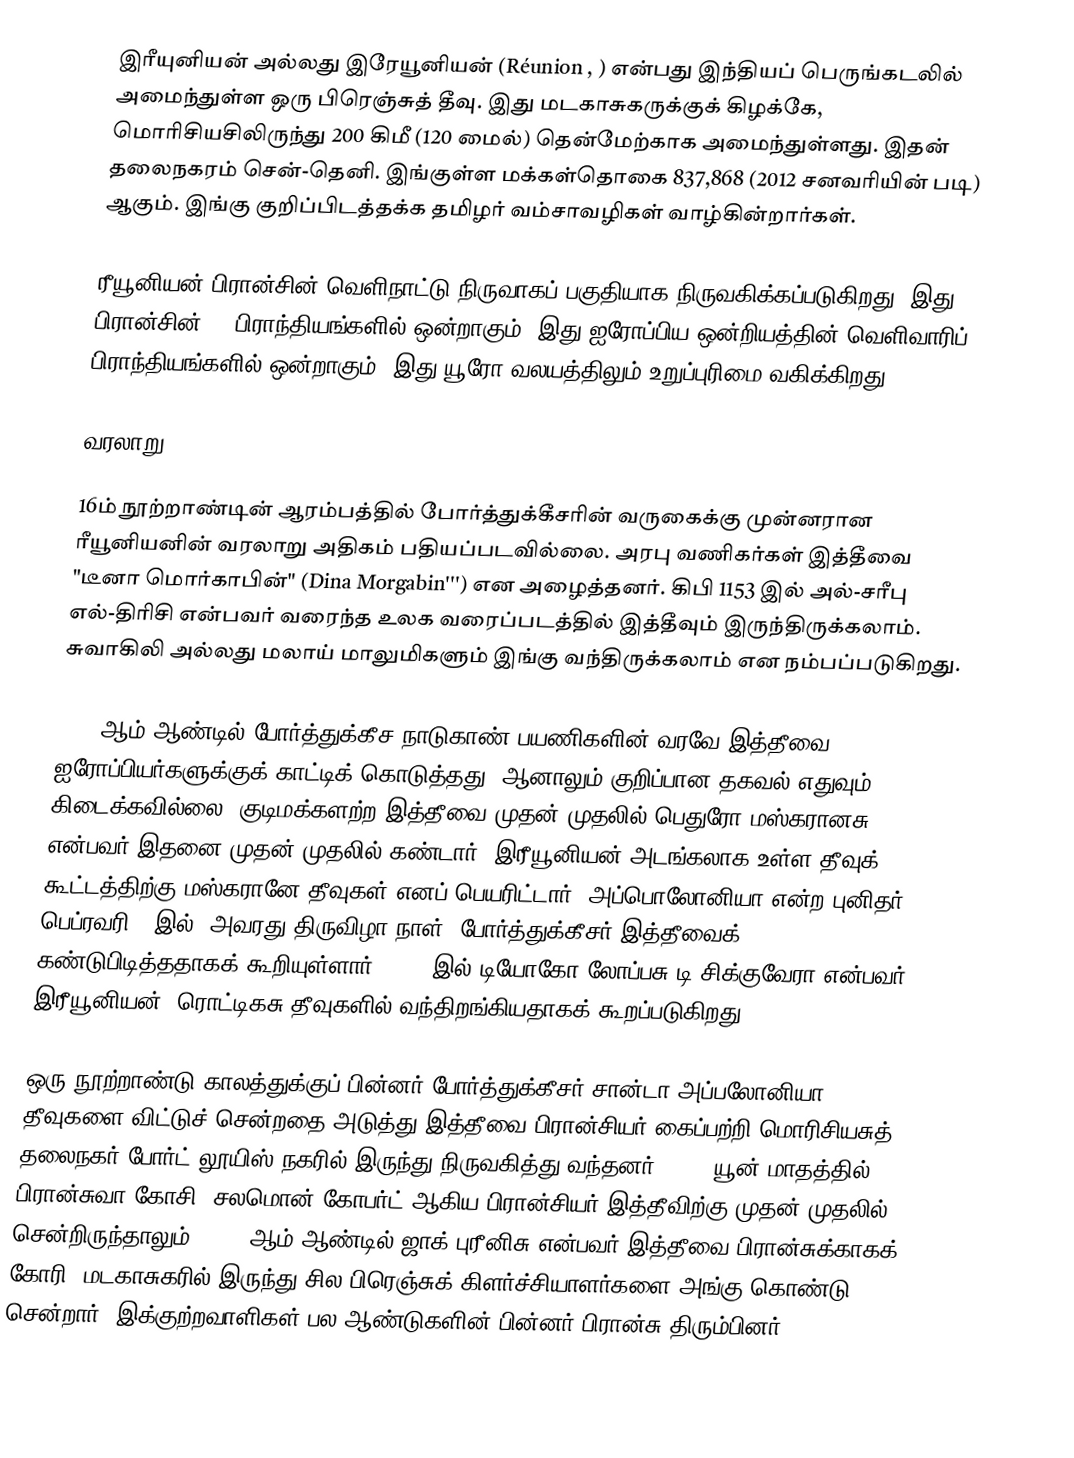
இரீயுனியன் அல்லது இரேயூனியன் (Réunion , ) என்பது இந்தியப் பெருங்கடலில் அமைந்துள்ள ஒரு பிரெஞ்சுத் தீவு. இது மடகாசுகருக்குக் கிழக்கே, மொரிசியசிலிருந்து 200 கிமீ (120 மைல்) தென்மேற்காக அமைந்துள்ளது. இதன் தலைநகரம் சென்-தெனி. இங்குள்ள மக்கள்தொகை 837,868 (2012 சனவரியின் படி) ஆகும். இங்கு குறிப்பிடத்தக்க தமிழர் வம்சாவழிகள் வாழ்கின்றார்கள்.

ரீயூனியன் பிரான்சின் வெளிநாட்டு நிருவாகப் பகுதியாக நிருவகிக்கப்படுகிறது. இது பிரான்சின் 27 பிராந்தியங்களில் ஒன்றாகும். இது ஐரோப்பிய ஒன்றியத்தின் வெளிவாரிப் பிராந்தியங்களில் ஒன்றாகும். இது யூரோ வலயத்திலும் உறுப்புரிமை வகிக்கிறது.

வரலாறு

16ம் நூற்றாண்டின் ஆரம்பத்தில் போர்த்துக்கீசரின் வருகைக்கு முன்னரான ரீயூனியனின் வரலாறு அதிகம் பதியப்படவில்லை. அரபு வணிகர்கள் இத்தீவை "டீனா மொர்காபின்" (Dina Morgabin''') என அழைத்தனர். கிபி 1153 இல் அல்-சரீபு எல்-திரிசி என்பவர் வரைந்த உலக வரைப்படத்தில் இத்தீவும் இருந்திருக்கலாம். சுவாகிலி அல்லது மலாய் மாலுமிகளும் இங்கு வந்திருக்கலாம் என நம்பப்படுகிறது.

1507 ஆம் ஆண்டில் போர்த்துக்கீச நாடுகாண் பயணிகளின் வரவே இத்தீவை ஐரோப்பியர்களுக்குக் காட்டிக் கொடுத்தது. ஆனாலும் குறிப்பான தகவல் எதுவும் கிடைக்கவில்லை. குடிமக்களற்ற இத்தீவை முதன் முதலில் பெதுரோ மஸ்கரானசு என்பவர் இதனை முதன் முதலில் கண்டார். இரீயூனியன் அடங்கலாக உள்ள தீவுக் கூட்டத்திற்கு மஸ்கரானே தீவுகள் எனப் பெயரிட்டார். அப்பொலோனியா என்ற புனிதர் பெப்ரவரி 7 இல் (அவரது திருவிழா நாள்) போர்த்துக்கீசர் இத்தீவைக் கண்டுபிடித்ததாகக் கூறியுள்ளார். 1509 இல் டியோகோ லோப்பசு டி சிக்குவேரா என்பவர் இரீயூனியன், ரொட்டிகசு தீவுகளில் வந்திறங்கியதாகக் கூறப்படுகிறது.

ஒரு நூற்றாண்டு காலத்துக்குப் பின்னர் போர்த்துக்கீசர் சான்டா அப்பலோனியா தீவுகளை விட்டுச் சென்றதை அடுத்து இத்தீவை பிரான்சியர் கைப்பற்றி மொரிசியசுத் தலைநகர் போர்ட் லூயிஸ் நகரில் இருந்து நிருவகித்து வந்தனர். 1638 யூன் மாதத்தில் பிரான்சுவா கோசி, சலமொன் கோபர்ட் ஆகிய பிரான்சியர் இத்தீவிற்கு முதன் முதலில் சென்றிருந்தாலும், 1642 ஆம் ஆண்டில் ஜாக் புரீனிசு என்பவர் இத்தீவை பிரான்சுக்காகக் கோரி, மடகாசுகரில் இருந்து சில பிரெஞ்சுக் கிளர்ச்சியாளர்களை அங்கு கொண்டு சென்றார். இக்குற்றவாளிகள் பல ஆண்டுகளின் பின்னர் பிரான்சு திரும்பினர்.